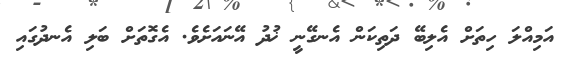
އަމިއްލަ ހިތަށް އެލިބޭ ދަތިކަން އެނގޭނީ ޚުދު އޭނައަށެވެ. އެގޮތަށް ބަލި އެނދުގައި